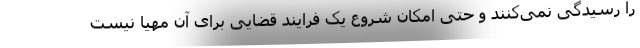
را رسیدگی نمی‌کنند و حتی امکان شروع یک فرایند قضایی برای آن مهیا نیست